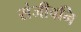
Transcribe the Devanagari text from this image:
संजीवनि